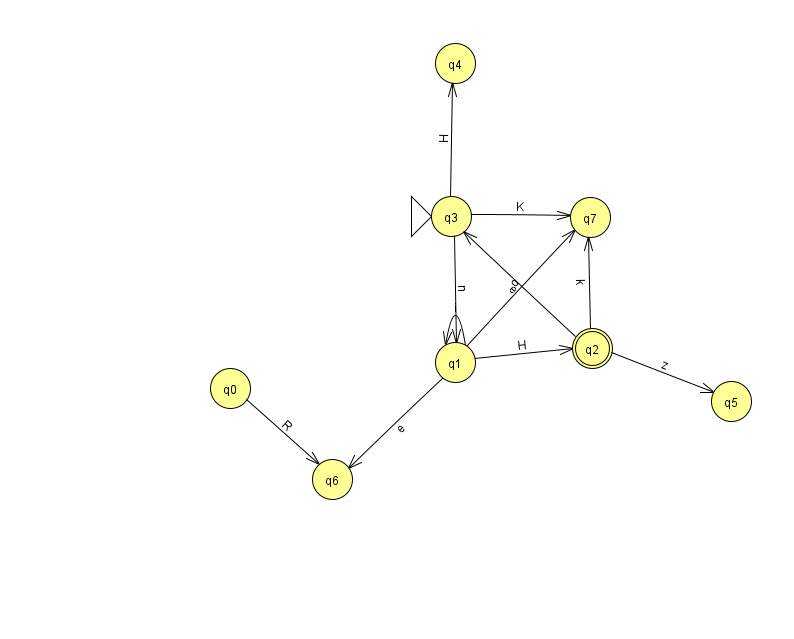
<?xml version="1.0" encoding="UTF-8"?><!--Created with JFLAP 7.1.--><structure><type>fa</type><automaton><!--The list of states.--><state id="0" name="q0"><x>230.0</x><y>375.0</y></state><state id="1" name="q1"><x>455.0</x><y>349.0</y></state><state id="2" name="q2"><x>592.0</x><y>335.0</y><final/></state><state id="3" name="q3"><x>451.0</x><y>203.0</y><initial/></state><state id="4" name="q4"><x>455.0</x><y>50.0</y></state><state id="5" name="q5"><x>731.0</x><y>388.0</y></state><state id="6" name="q6"><x>332.0</x><y>466.0</y></state><state id="7" name="q7"><x>590.0</x><y>204.0</y></state><!--The list of transitions.--><transition><from>3</from><to>4</to><read>H</read></transition><transition><from>1</from><to>2</to><read>H</read></transition><transition><from>1</from><to>6</to><read>e</read></transition><transition><from>2</from><to>5</to><read>z</read></transition><transition><from>2</from><to>7</to><read>k</read></transition><transition><from>1</from><to>1</to><read>i</read></transition><transition><from>0</from><to>6</to><read>R</read></transition><transition><from>1</from><to>7</to><read>o</read></transition><transition><from>2</from><to>3</to><read>e</read></transition><transition><from>3</from><to>7</to><read>K</read></transition><transition><from>3</from><to>1</to><read>n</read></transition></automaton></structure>